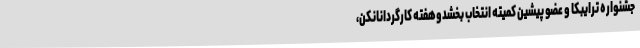
جشنواره ترایبکا و عضو پیشین کمیته انتخاب بخشدوهفته کارگردانانکن،